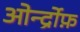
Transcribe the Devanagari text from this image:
ओर्न्द्रोफ़